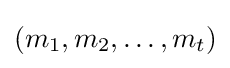
(m_{1},m_{2},\dots ,m_{t})